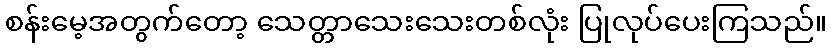
စန်းမေ့အတွက်တော့ သေတ္တာသေးသေးတစ်လုံး ပြုလုပ်ပေးကြသည်။